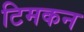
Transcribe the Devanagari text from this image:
टिमकन